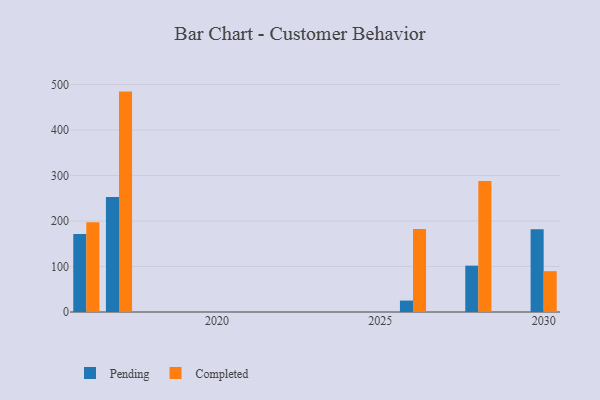
{"axis": {"x": "Year", "y": "Net Income (USD K)"}, "legend": ["Completed", "Pending"], "data": [{"x": "2017", "y": 252.6, "type": "Pending"}, {"x": "2017", "y": 484.5, "type": "Completed"}, {"x": "2026", "y": 25.1, "type": "Pending"}, {"x": "2026", "y": 182.7, "type": "Completed"}, {"x": "2028", "y": 101.9, "type": "Pending"}, {"x": "2028", "y": 288.1, "type": "Completed"}, {"x": "2016", "y": 171.5, "type": "Pending"}, {"x": "2016", "y": 197.2, "type": "Completed"}, {"x": "2030", "y": 181.8, "type": "Pending"}, {"x": "2030", "y": 89.8, "type": "Completed"}]}